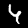
Label: 4